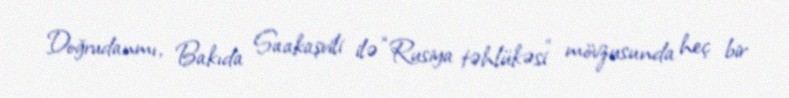
Doğrudanmı, Bakıda Saakaşvili ilə “Rusiya təhlükəsi” mövzusunda heç bir